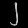
Digit: ၂